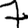
Digit: 7